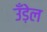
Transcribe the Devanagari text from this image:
उँड़ेल